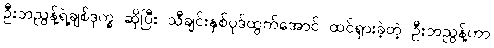
ဦးဘညွန့်ရဲ့ချစ်ဒုက္ခ ဆိုပြီး သီချင်းနှစ်ပုဒ်ထွက်အောင် ထင်ရှားခဲ့တဲ့ ဦးဘညွန့်ဟာ